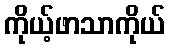
ကိုယ့်ဖာသာကိုယ်